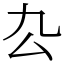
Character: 厹